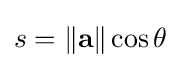
s=\left\|\mathbf {a} \right\|\cos \theta